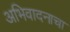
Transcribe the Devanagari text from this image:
अभिवादनाचा